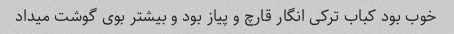
خوب بود کباب ترکی انگار قارچ و پیاز بود و بیشتر بوی گوشت میداد